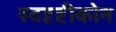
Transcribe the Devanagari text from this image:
स्वदृष्टीकोन